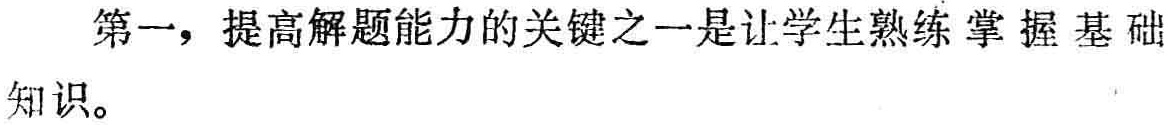
第一，提高解题能力的关键之一是让学生熟练掌握基础知识。